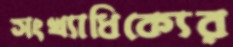
সংখ্যাধিক্যের